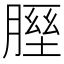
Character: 𦞥